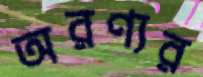
অরণ্যর